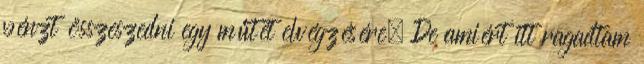
pénzt összeszedni egy műtét elvégzésére. De amiért itt ragadtam